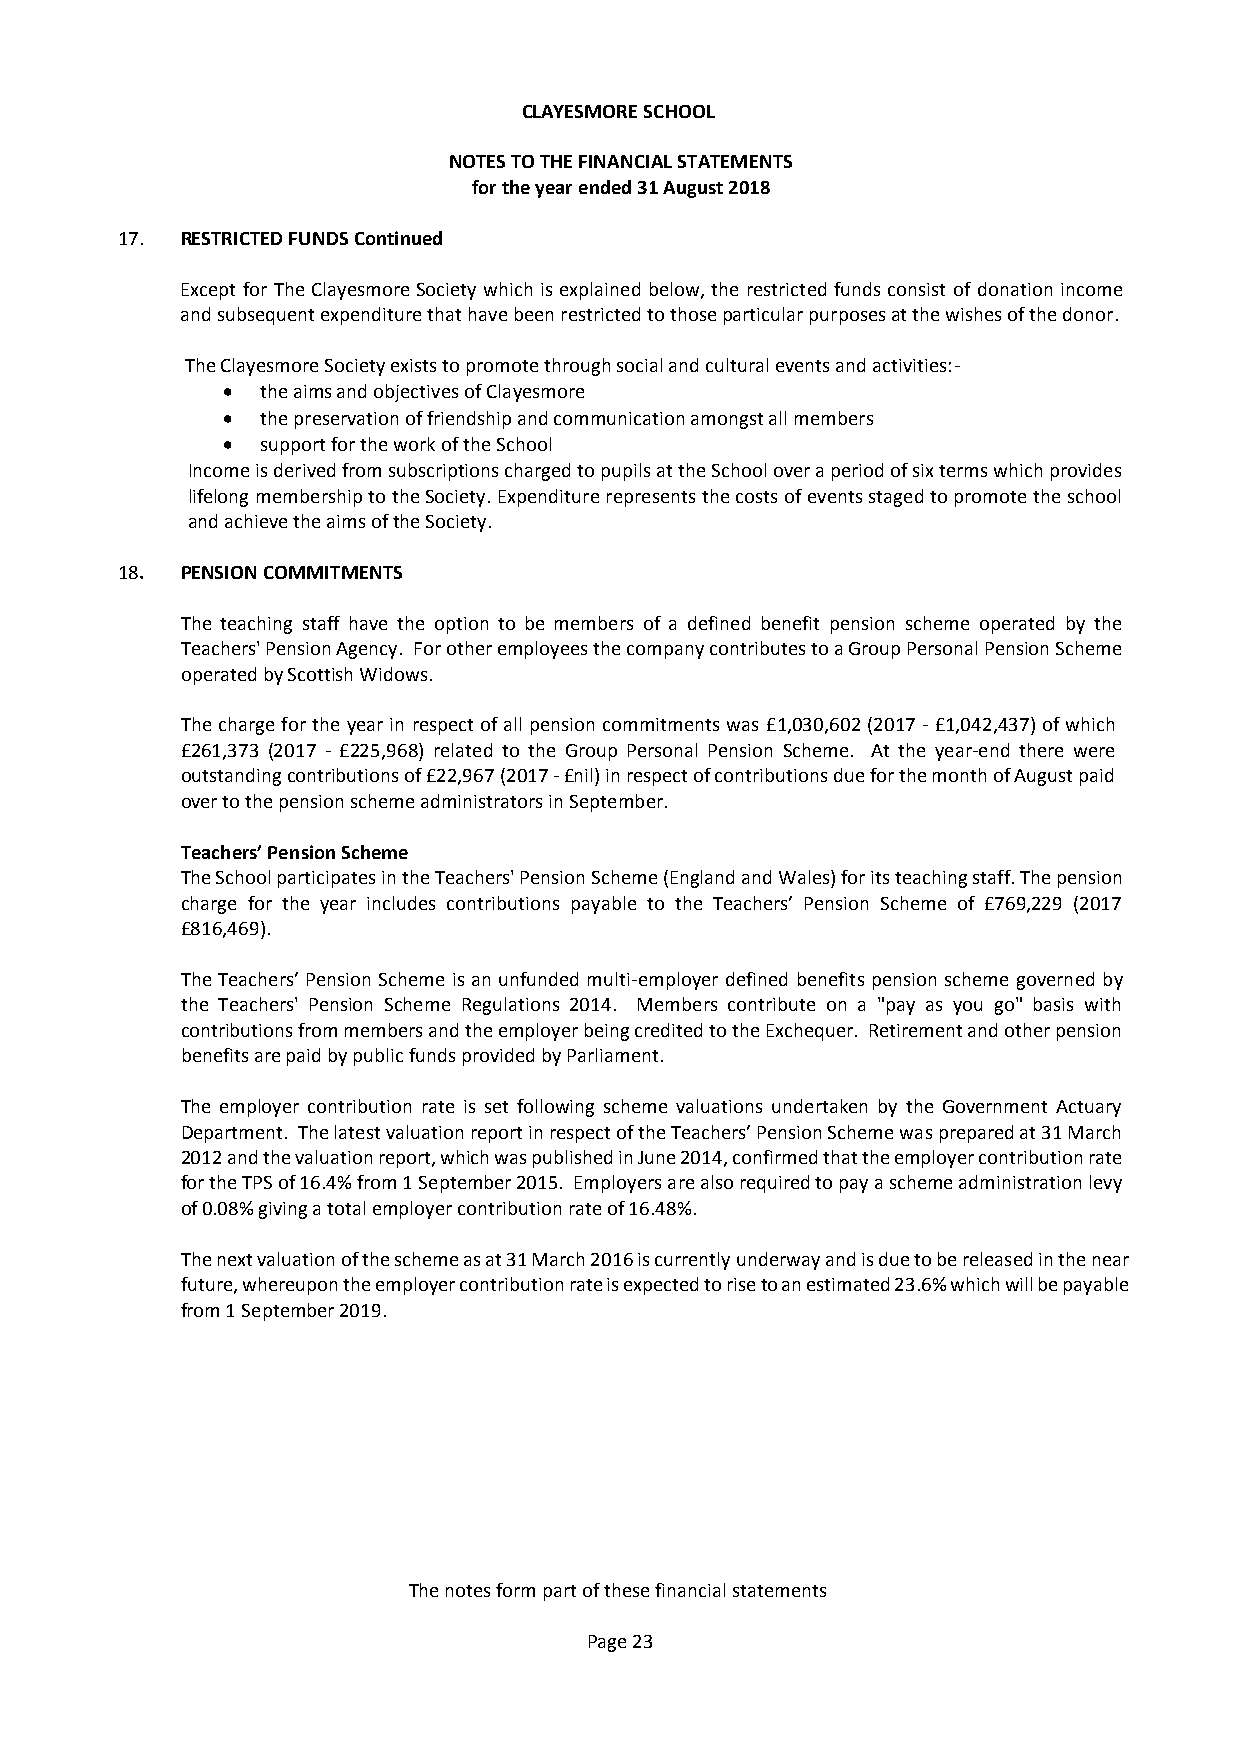
CLAYESMORE SCHOOL
 NOTES TO THE FINANCIAL STATEMENTS
 for the year ended 31 August 2018
 17. RESTRICTED FUNDS Continued
 Except for The Clayesmore Society which is explained below, the restricted funds consist of donation income
 and subsequent expenditure that have been restricted to those particular purposes at the wishes of the donor.
 The Clayesmore Society exists to promote through social and cultural events and activities:-
 • the aims and objectives of Clayesmore
 • the preservation of friendship and communication amongst all members
 • support for the work of the School
 Income is derived from subscriptions charged to pupils at the School over a period of six terms which provides
 lifelong membership to the Society. Expenditure represents the costs of events staged to promote the school
 and achieve the aims of the Society.
 18. PENSION COMMITMENTS
 The teaching staff have the option to be members of a defined benefit pension scheme operated by the
 Teachers' Pension Agency. For other employees the company contributes to a Group Personal Pension Scheme
 operated by Scottish Widows.
 The charge for the year in respect of all pension commitments was £1,030,602 (2017 - £1,042,437) of which
 £261,373 (2017 - £225,968) related to the Group Personal Pension Scheme. At the year-end there were
 outstanding contributions of £22,967 (2017 - £nil) in respect of contributions due for the month of August paid
 over to the pension scheme administrators in September.
 Teachers’ Pension Scheme
 The School participates in the Teachers' Pension Scheme (England and Wales) for its teaching staff. The pension
 charge for the year includes contributions payable to the Teachers’ Pension Scheme of £769,229 (2017
 £816,469).
 The Teachers’ Pension Scheme is an unfunded multi-employer defined benefits pension scheme governed by
 the Teachers' Pension Scheme Regulations 2014. Members contribute on a "pay as you go" basis with
 contributions from members and the employer being credited to the Exchequer. Retirement and other pension
 benefits are paid by public funds provided by Parliament.
 The employer contribution rate is set following scheme valuations undertaken by the Government Actuary
 Department. The latest valuation report in respect of the Teachers’ Pension Scheme was prepared at 31 March
 2012 and the valuation report, which was published in June 2014, confirmed that the employer contribution rate
 for the TPS of 16.4% from 1 September 2015. Employers are also required to pay a scheme administration levy
 of 0.08% giving a total employer contribution rate of 16.48%.
 The next valuation of the scheme as at 31 March 2016 is currently underway and is due to be released in the near
 future, whereupon the employer contribution rate is expected to rise to an estimated 23.6% which will be payable
 from 1 September 2019.
 The notes form part of these financial statements
 Page 23